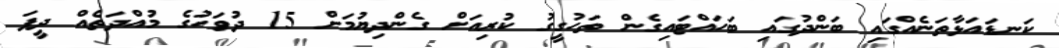
ކަނޑައަޅާތަނެއްގައި ބަންދުގައި ބަހައްޓައިގެން ތަހުގީގު ކުރިއަށް ގެންދިޔުމަށް 15 ދުވަހުގެ މުއްދަތެއް ދީފަ